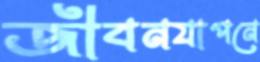
জীবনযাপনে